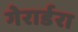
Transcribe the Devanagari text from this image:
गेरार्डरा